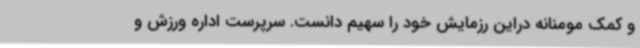
و کمک مومنانه دراین رزمایش خود را سهیم دانست. سرپرست اداره ورزش و